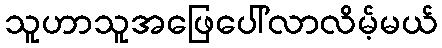
သူဟာသူအဖြေပေါ်လာလိမ့်မယ်